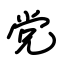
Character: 党